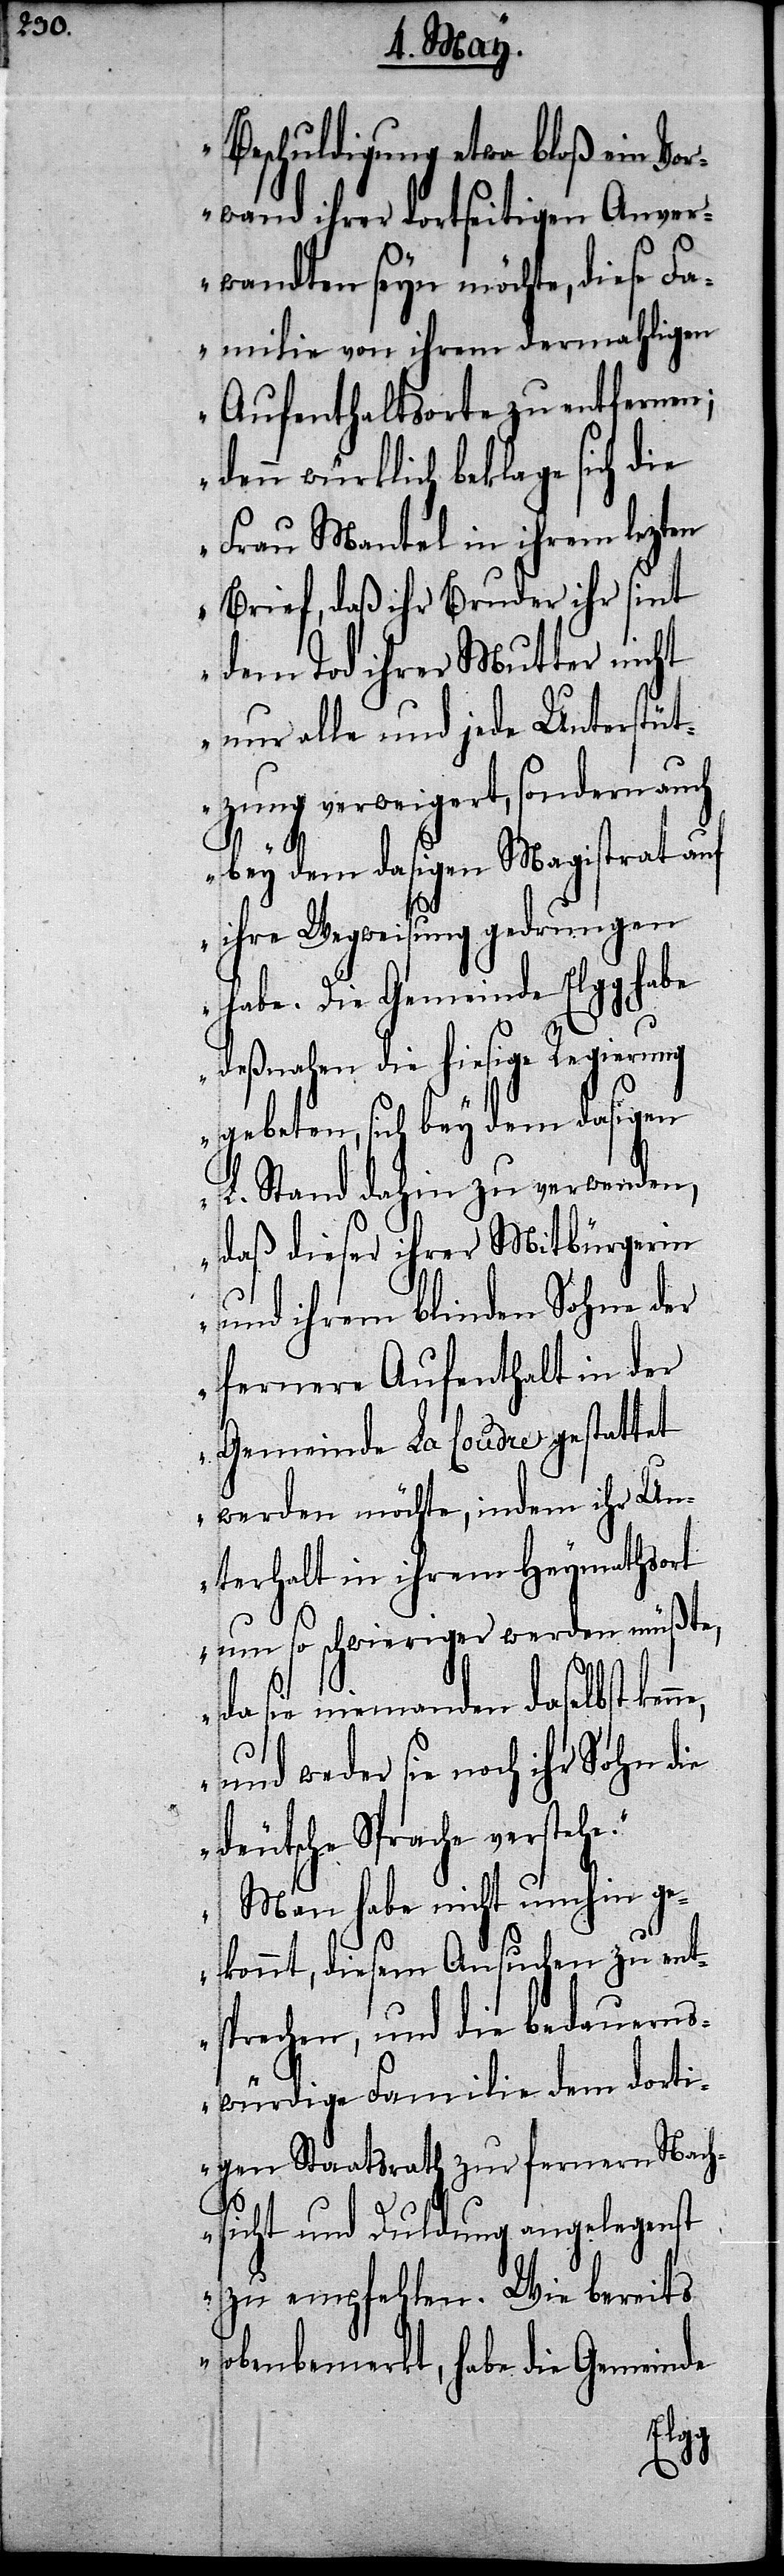
Beschuldigung etwa bloß ein Vo¬
rwand ihrer dortseitigen Anver¬
wandten seyn möchte, diese Fa¬
milie von ihrem dermahligen
Aufenthaltsorte zu entfernen;
denn würklich beklage sich die
Frau Mantel in ihrem lezten
Brief, daß ihr Bruder ihr sint
dem Tod ihrer Mutter nicht
nur alle und jede Unterstüt¬
zung verweigert, sondern auch
bey dem dasigen Magistrat auf
ihre Wegweisung gedrungen
habe. Die Gemeinde Elgg habe
deßnahen die hiesige Regierung
gebeten, sich bey dem dasigen
L. Stand dahin zu verwenden,
daß dieser ihrer Mitbürgerin
und ihrem blinden Sohne der
fernere Aufenthalt in der
Gemeinde La Loudre gestattet
werden möchte, indem ihr Un¬
terhalt in ihrem Heymathort
um so schwieriger werden müßte,
da sie niemanden daselbst ken¬
und weder sie noch ihr Sohn die
deutsche Sprache verstehe.
Man habe nicht umhin ge¬
konnt, diesem Ansuchen zu ent¬
sprechen, und die bedauerns¬
würdige Familie dem dorti¬
gen Staatsrath zur fernern Nach¬
sicht und Duldung angelegenst
zu empfehlen. Wie bereits
obenbemerkt, habe die Gemeinde
ne,